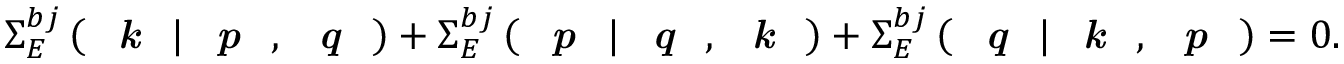
\Sigma _ { E } ^ { b j } \left( \textit { \textbf { k } } | \textit { \textbf { p } } , \textit { \textbf { q } } \right) + \Sigma _ { E } ^ { b j } \left( \textit { \textbf { p } } | \textit { \textbf { q } } , \textit { \textbf { k } } \right) + \Sigma _ { E } ^ { b j } \left( \textit { \textbf { q } } | \textit { \textbf { k } } , \textit { \textbf { p } } \right) = 0 .